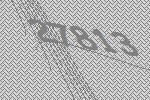
27813